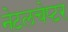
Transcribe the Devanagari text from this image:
नेटलचेप्टर